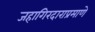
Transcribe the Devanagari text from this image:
जहागिरदाराप्रमाणे